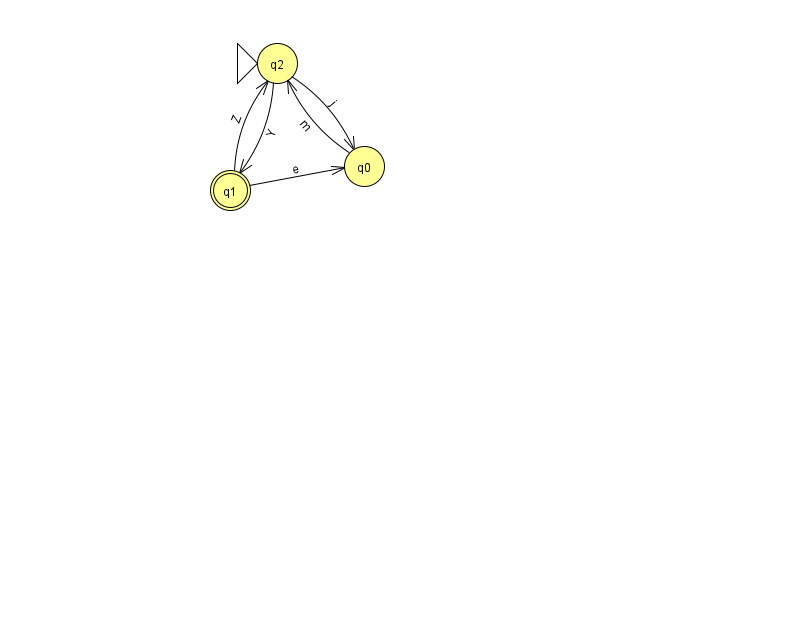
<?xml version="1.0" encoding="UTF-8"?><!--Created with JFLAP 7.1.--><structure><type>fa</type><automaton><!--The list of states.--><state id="0" name="q0"><x>364.0</x><y>153.0</y></state><state id="1" name="q1"><x>230.0</x><y>177.0</y><final/></state><state id="2" name="q2"><x>277.0</x><y>50.0</y><initial/></state><!--The list of transitions.--><transition><from>1</from><to>0</to><read>e</read></transition><transition><from>2</from><to>0</to><read>j</read></transition><transition><from>0</from><to>2</to><read>m</read></transition><transition><from>1</from><to>2</to><read>Z</read></transition><transition><from>2</from><to>1</to><read>Y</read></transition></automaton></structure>